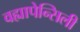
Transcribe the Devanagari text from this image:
वह्यापेन्सिली